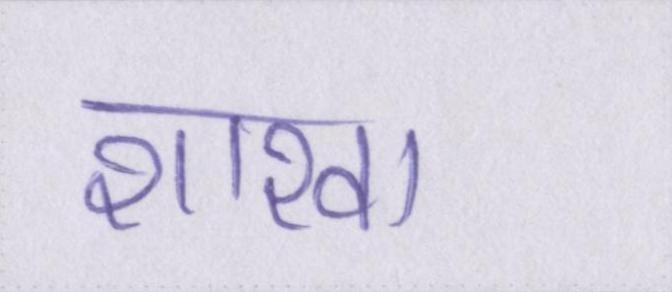
शाखा